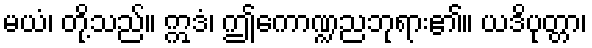
မယံ၊ တို့သည်။ ဣဒံ၊ ဤကောဏ္ဍညဘုရား၏။ ယဒိပုတ္တာ၊